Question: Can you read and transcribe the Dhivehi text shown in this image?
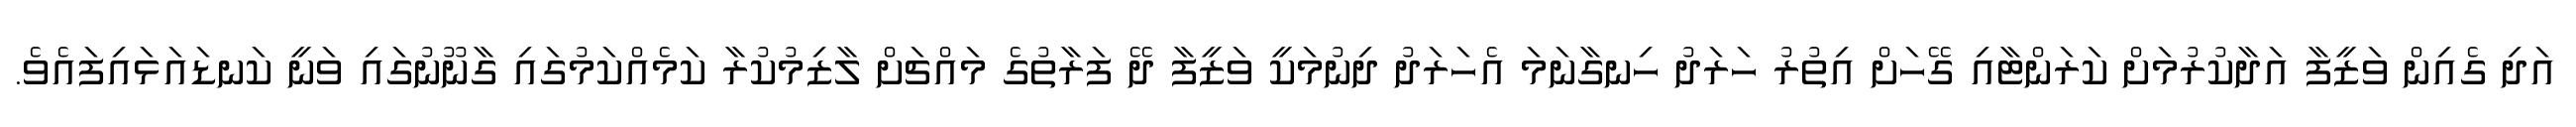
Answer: އަދި ގެއިން ވަޒީފާ އަދާކުރުމަށް ކަރަންޓާއި ގޭހަށް އިތުރު ހަރަދު ހިނގާނަމަ އެހަރަދު ދިނުމަކީ ވަޒީފާ ދޭ ފަރާތުގެ މައްޗަށް ލާޒިމުކުރާ ކަމެއްކަމުގައި ގާނޫނުގައި ވަނީ ކަނޑައަޅައިފައެވެ.